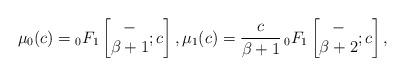
LaTeX: \begin{gather*}\mu_{0}(c) ={}_{0}F_{1}\left[\begin{matrix}-\\\beta+1\end{matrix};c\right] ,\mu_{1}(c) =\frac{c}{\beta+1}\,{}_{0}F_{1}\left[\begin{matrix}-\\\beta+2\end{matrix};c\right] ,\end{gather*}